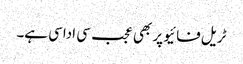
ٹریل فائیو پر بھی عجب سی اداسی ہے۔